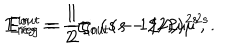
E _ { r e g } ^ { i n } = \frac { 1 } { 2 } \zeta _ { i n } ( s - 1 / 2 ) \mu ^ { 2 s } , \hspace { 1 c m } E _ { r e g } ^ { o u t } = \frac { 1 } { 2 } \zeta _ { o u t } ( s - 1 / 2 ) \mu ^ { 2 s } .